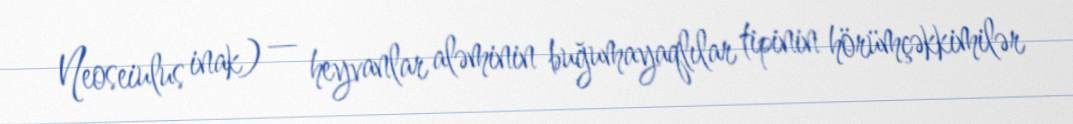
Neoseiulus inak) — heyvanlar aləminin buğumayaqlılar tipinin hörümçəkkimilər